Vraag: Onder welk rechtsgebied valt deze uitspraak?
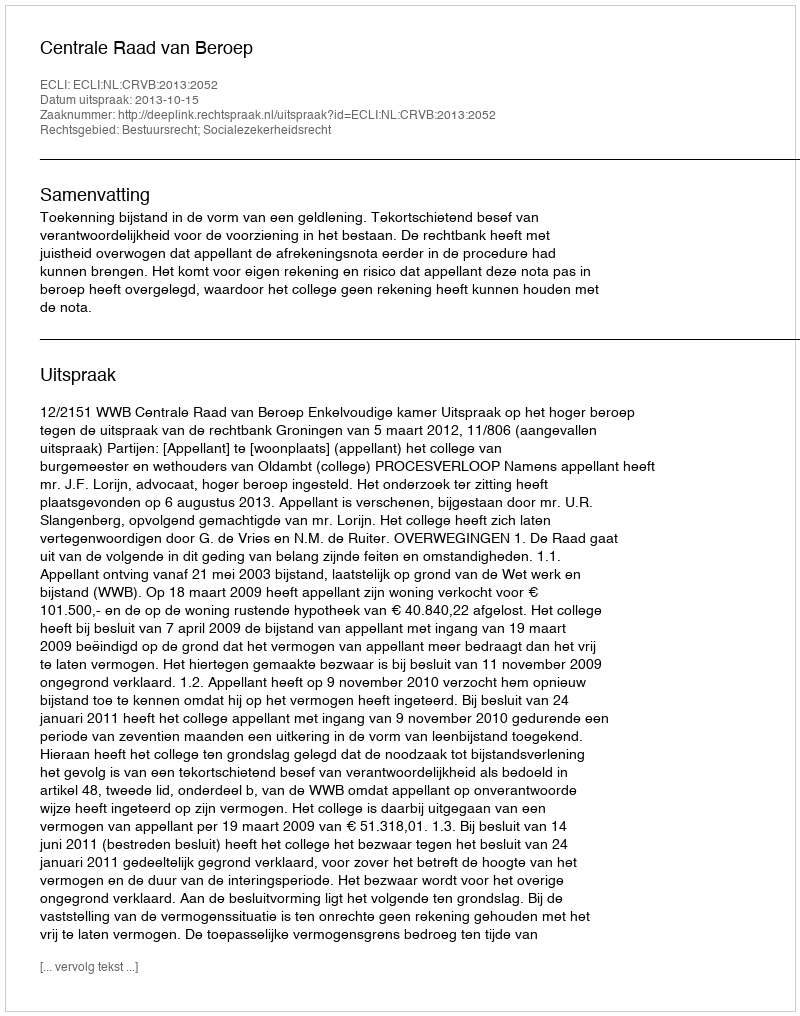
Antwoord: Bestuursrecht; Socialezekerheidsrecht